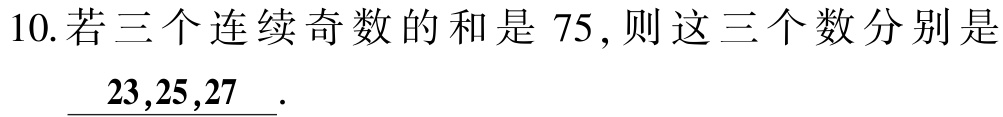
10.若三个连续奇数的和是 75,则这三个数分别是

\(\underline{23,25,27}\).